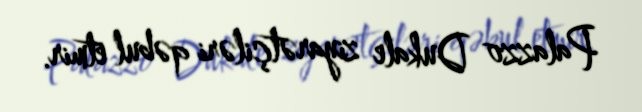
Palazzo Dukale ziyarətçiləri qəbul etmir.